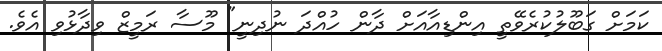
ކަމަށް ގަބޫލުކުރެވޭތީ އިންޑިއާއަށް ދާން ހުއްދަ ނުދިނީ" މޫސާ ރަމީޒް ވިދާޅުވި އެވެ.